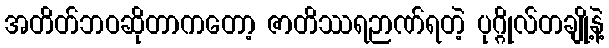
အတိတ်ဘဝဆိုတာကတော့ ဇာတိဿရဉာဏ်ရတဲ့ ပုဂ္ဂိုလ်တချို့နဲ့